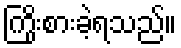
ကြိုးစားခဲ့ရသည်။